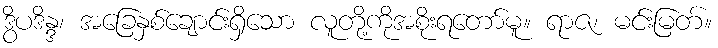
ဒွိပဒိန္ဒ၊ အခြေနှစ်ချောင်းရှိသော လူတို့ကိုအစိုးရတော်မူ။ ရာဇ၊ မင်းမြတ်။